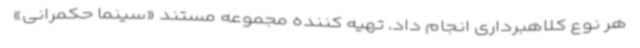
هر نوع کلاهبرداری انجام داد. تهیه کننده مجموعه مستند «سینما حکمرانی»